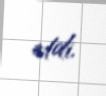
etdi.